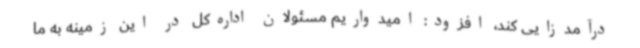
درآمدزایی کند، افزود: امیدواریم مسئولان اداره‌کل در این زمینه به ما